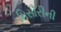
મિસૌરીની